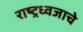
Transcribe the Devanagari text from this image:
राष्ट्रध्वजाचे